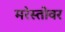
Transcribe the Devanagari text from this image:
मरेस्तोवर